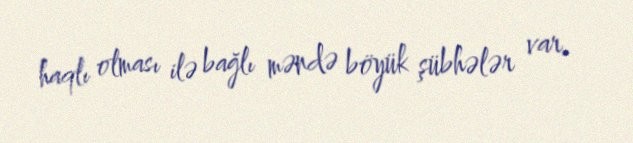
haqlı olması ilə bağlı məndə böyük şübhələr var.